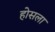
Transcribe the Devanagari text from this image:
होसला